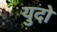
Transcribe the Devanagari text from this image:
युदो